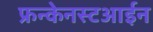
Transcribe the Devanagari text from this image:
फ्रन्केनस्टआईन